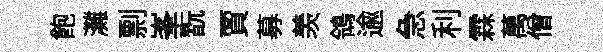
飽灘剽峯翫賈募羡鴒逾急利霖萬僧